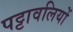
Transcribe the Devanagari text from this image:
पट्टावलियों